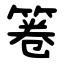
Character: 箞